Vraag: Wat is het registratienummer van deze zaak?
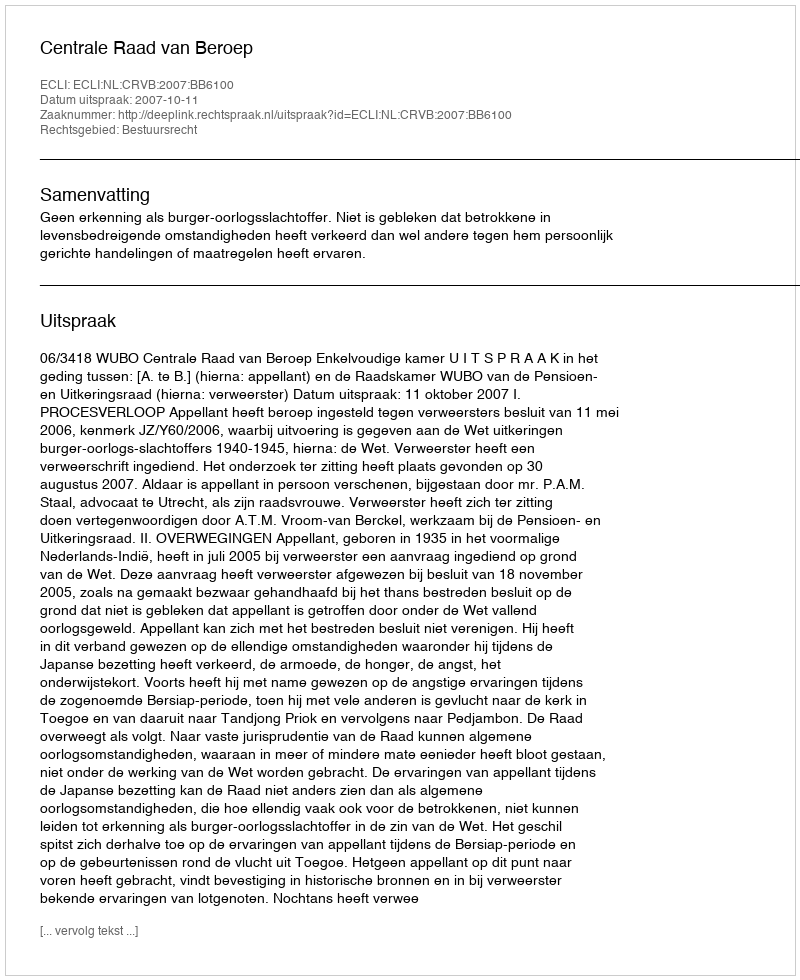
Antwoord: http://deeplink.rechtspraak.nl/uitspraak?id=ECLI:NL:CRVB:2007:BB6100